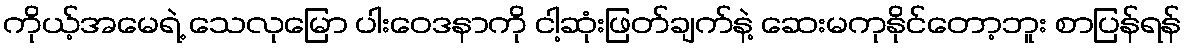
ကိုယ့်အမေရဲ့ သေလုမြော ပါးဝေဒနာကို ငါ့ဆုံးဖြတ်ချက်နဲ့ ဆေးမကုနိုင်တော့ဘူး စာပြန်ရန်